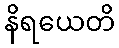
နိရယေတိ